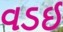
વડઈ